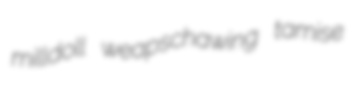
milldoll weapschawing tamise